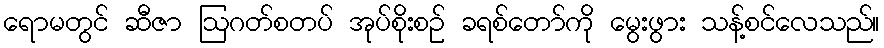
ရောမတွင် ဆီဇာ ဩဂတ်စတပ် အုပ်စိုးစဉ် ခရစ်တော်ကို မွေးဖွား သန့်စင်လေသည်။